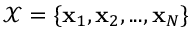
\mathcal { X } = \{ \mathbf { x } _ { 1 } , \mathbf { x } _ { 2 } , . . . , \mathbf { x } _ { N } \}